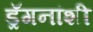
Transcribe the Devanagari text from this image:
ड्रॅगनांशी